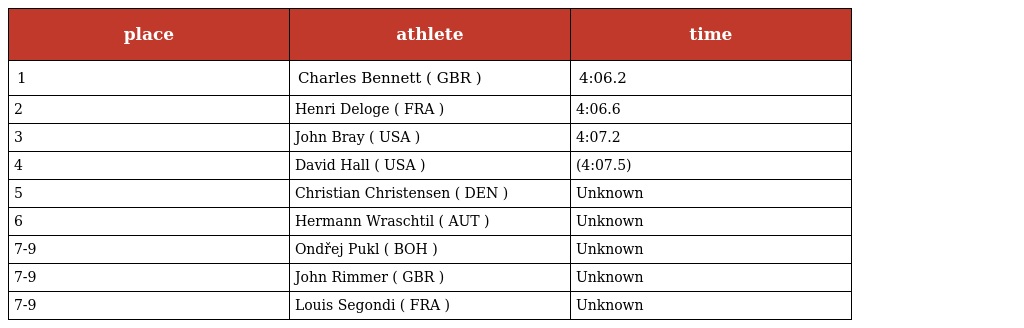
| place | athlete | time |
 | --- | --- | --- |
 | 1 | Charles Bennett ( GBR ) | 4:06.2 |
 | 2 | Henri Deloge ( FRA ) | 4:06.6 |
 | 3 | John Bray ( USA ) | 4:07.2 |
 | 4 | David Hall ( USA ) | (4:07.5) |
 | 5 | Christian Christensen ( DEN ) | Unknown |
 | 6 | Hermann Wraschtil ( AUT ) | Unknown |
 | 7-9 | Ondřej Pukl ( BOH ) | Unknown |
 | 7-9 | John Rimmer ( GBR ) | Unknown |
 | 7-9 | Louis Segondi ( FRA ) | Unknown |